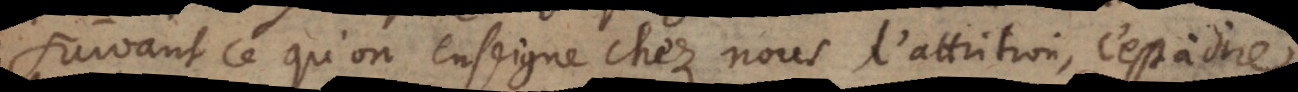
suivant ce qu’on enseigne chez nous l’attrition, c’est